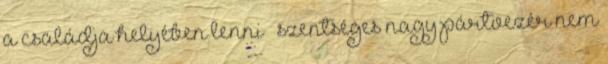
a családja helyében lenni – szentséges nagy pártvezér nem